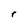
Character: r